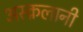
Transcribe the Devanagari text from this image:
अस्क़लानी